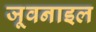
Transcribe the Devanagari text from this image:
जूवनाइल